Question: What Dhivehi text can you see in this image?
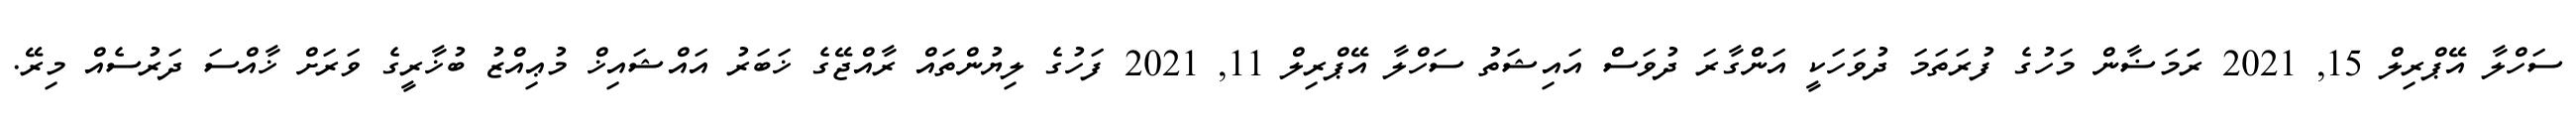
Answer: ސަހްލާ އޭޕްރިލް 15, 2021 ރަަމަޟާން މަހުގެ ފުރަތަމަ ދުވަހަކީ އަންގާރަ ދުވަސް އައިޝަތު ސަހްލާ އޭޕްރިލް 11, 2021 ފަހުގެ ލިޔުންތައް ރާއްޖޭގެ ޚަބަރު އައްޝައިޚް މުޢިއްޒު ބުޚާރީގެ ވަރަށް ޚާއްސަ ދަރުސެއް މިރޭ.